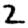
Digit: 2